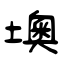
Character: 墺